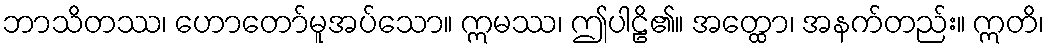
ဘာသိတဿ၊ ဟောတော်မူအပ်သော။ ဣမဿ၊ ဤပါဠိ၏။ အတ္ထော၊ အနက်တည်း။ ဣတိ၊